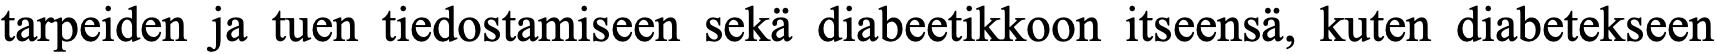
tarpeiden ja tuen tiedostamiseen sekä diabeetikkoon itseensä, kuten diabetekseen